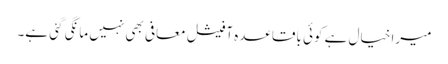
میرا خیال ہے کوئی باقاعدہ آفیشل معافی بھی نہیں مانگی گئی ہے۔